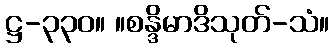
ဋ္ဌ-၃၃၀။ ။စန္ဒိမာဒိသုတ်-သံ။